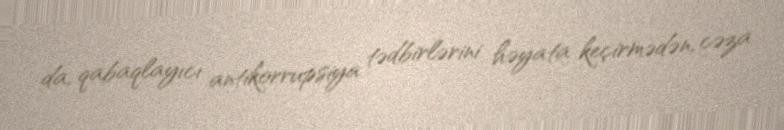
da, qabaqlayıcı antikorrupsiya tədbirlərini həyata keçirmədən, cəza